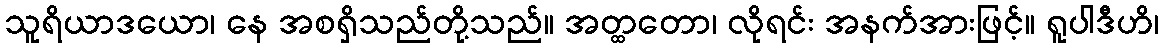
သူရိယာဒယော၊ နေ အစရှိသည်တို့သည်။ အတ္ထတော၊ လိုရင်း အနက်အားဖြင့်။ ရူပါဒီဟိ၊